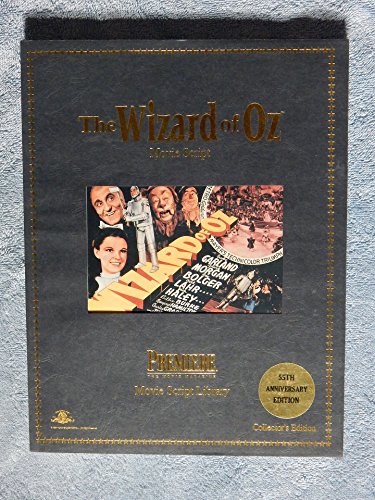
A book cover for The Wizard of Oz: The Screenplay; Noel Langley; Humor & Entertainment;